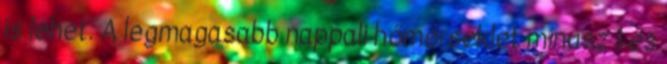
is lehet. A legmagasabb nappali hőmérséklet mínusz 1 és